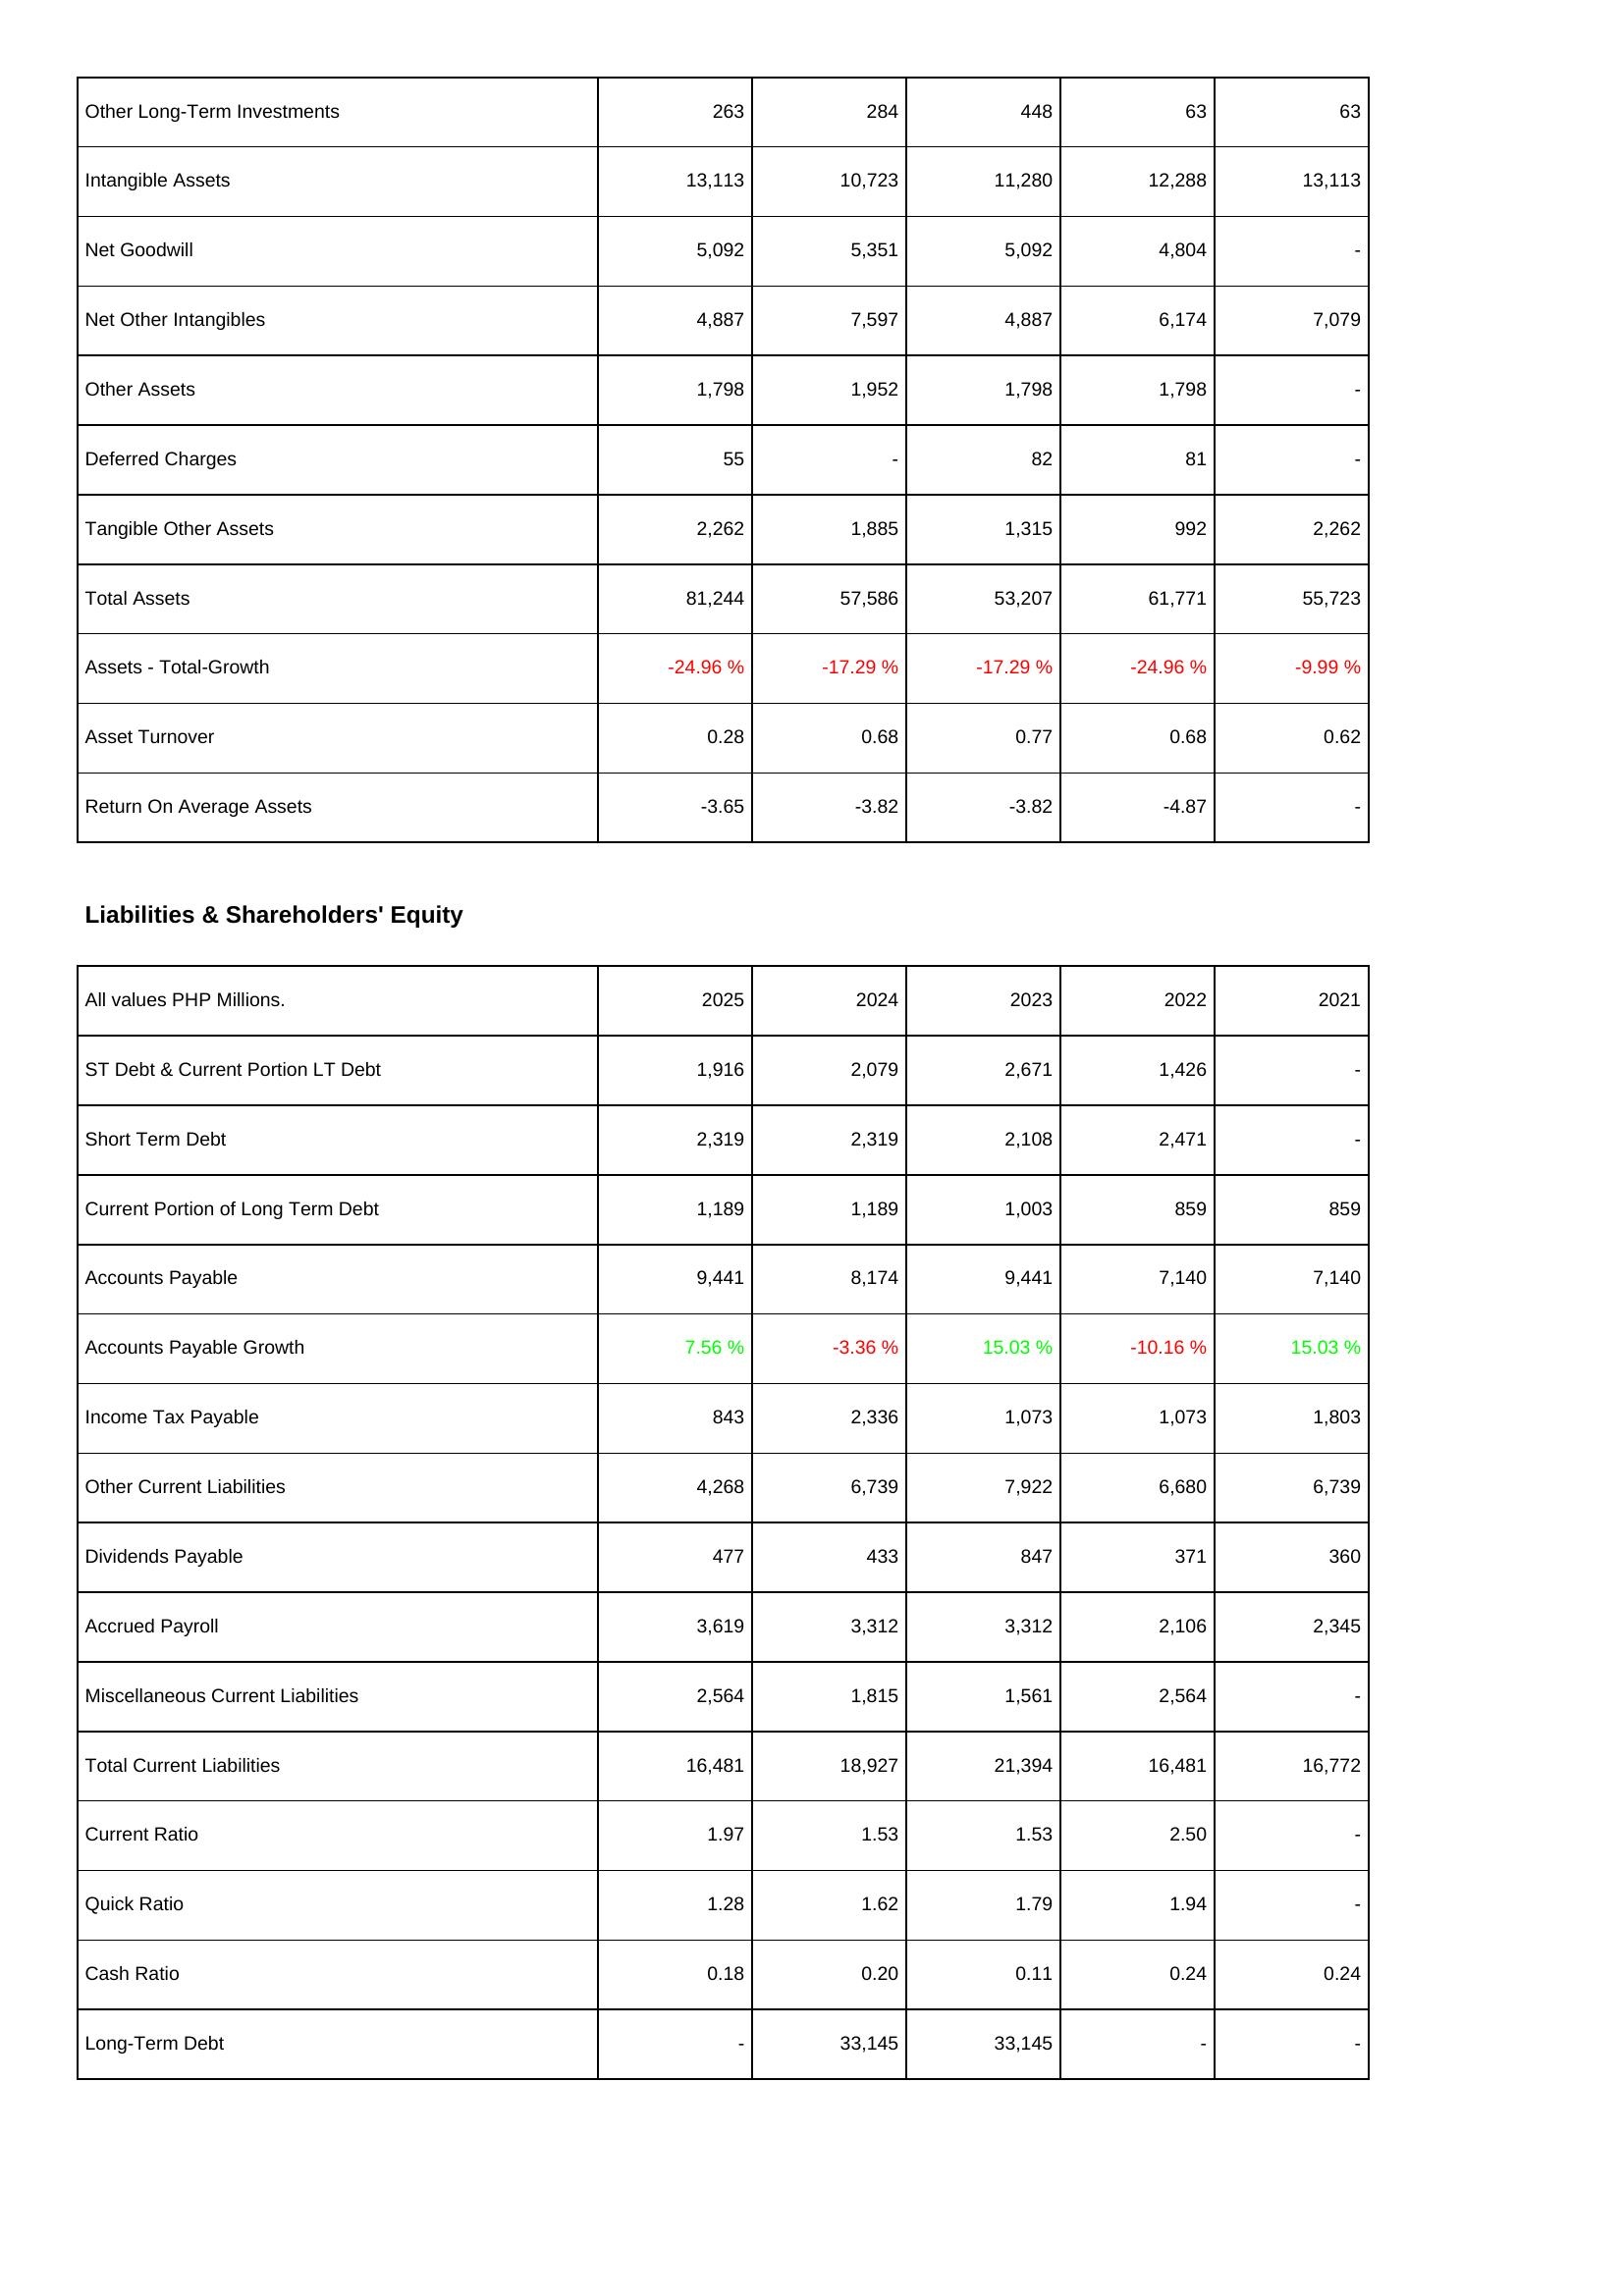
2025: Assets: Other Long-Term Investments: 263
Intangible Assets: 13,113
Net Goodwill: 5,092
Net Other Intangibles: 4,887
Other Assets: 1,798
Deferred Charges: 55
Tangible Other Assets: 2,262
Total Assets: 81,244
Assets - Total-Growth: -24.96 %
Asset Turnover: 0.28
Return On Average Assets: -3.65
Liabilities & Shareholders' Equity: ST Debt & Current Portion LT Debt: 1,916
Short Term Debt: 2,319
Current Portion of Long Term Debt: 1,189
Accounts Payable: 9,441
Accounts Payable Growth: 7.56 %
Income Tax Payable: 843
Other Current Liabilities: 4,268
Dividends Payable: 477
Accrued Payroll: 3,619
Miscellaneous Current Liabilities: 2,564
Total Current Liabilities: 16,481
Current Ratio: 1.97
Quick Ratio: 1.28
Cash Ratio: 0.18
Long-Term Debt: -
2024: Assets: Other Long-Term Investments: 284
Intangible Assets: 10,723
Net Goodwill: 5,351
Net Other Intangibles: 7,597
Other Assets: 1,952
Deferred Charges: -
Tangible Other Assets: 1,885
Total Assets: 57,586
Assets - Total-Growth: -17.29 %
Asset Turnover: 0.68
Return On Average Assets: -3.82
Liabilities & Shareholders' Equity: ST Debt & Current Portion LT Debt: 2,079
Short Term Debt: 2,319
Current Portion of Long Term Debt: 1,189
Accounts Payable: 8,174
Accounts Payable Growth: -3.36 %
Income Tax Payable: 2,336
Other Current Liabilities: 6,739
Dividends Payable: 433
Accrued Payroll: 3,312
Miscellaneous Current Liabilities: 1,815
Total Current Liabilities: 18,927
Current Ratio: 1.53
Quick Ratio: 1.62
Cash Ratio: 0.20
Long-Term Debt: 33,145
2023: Assets: Other Long-Term Investments: 448
Intangible Assets: 11,280
Net Goodwill: 5,092
Net Other Intangibles: 4,887
Other Assets: 1,798
Deferred Charges: 82
Tangible Other Assets: 1,315
Total Assets: 53,207
Assets - Total-Growth: -17.29 %
Asset Turnover: 0.77
Return On Average Assets: -3.82
Liabilities & Shareholders' Equity: ST Debt & Current Portion LT Debt: 2,671
Short Term Debt: 2,108
Current Portion of Long Term Debt: 1,003
Accounts Payable: 9,441
Accounts Payable Growth: 15.03 %
Income Tax Payable: 1,073
Other Current Liabilities: 7,922
Dividends Payable: 847
Accrued Payroll: 3,312
Miscellaneous Current Liabilities: 1,561
Total Current Liabilities: 21,394
Current Ratio: 1.53
Quick Ratio: 1.79
Cash Ratio: 0.11
Long-Term Debt: 33,145
2022: Assets: Other Long-Term Investments: 63
Intangible Assets: 12,288
Net Goodwill: 4,804
Net Other Intangibles: 6,174
Other Assets: 1,798
Deferred Charges: 81
Tangible Other Assets: 992
Total Assets: 61,771
Assets - Total-Growth: -24.96 %
Asset Turnover: 0.68
Return On Average Assets: -4.87
Liabilities & Shareholders' Equity: ST Debt & Current Portion LT Debt: 1,426
Short Term Debt: 2,471
Current Portion of Long Term Debt: 859
Accounts Payable: 7,140
Accounts Payable Growth: -10.16 %
Income Tax Payable: 1,073
Other Current Liabilities: 6,680
Dividends Payable: 371
Accrued Payroll: 2,106
Miscellaneous Current Liabilities: 2,564
Total Current Liabilities: 16,481
Current Ratio: 2.50
Quick Ratio: 1.94
Cash Ratio: 0.24
Long-Term Debt: -
2021: Assets: Other Long-Term Investments: 63
Intangible Assets: 13,113
Net Goodwill: -
Net Other Intangibles: 7,079
Other Assets: -
Deferred Charges: -
Tangible Other Assets: 2,262
Total Assets: 55,723
Assets - Total-Growth: -9.99 %
Asset Turnover: 0.62
Return On Average Assets: -
Liabilities & Shareholders' Equity: ST Debt & Current Portion LT Debt: -
Short Term Debt: -
Current Portion of Long Term Debt: 859
Accounts Payable: 7,140
Accounts Payable Growth: 15.03 %
Income Tax Payable: 1,803
Other Current Liabilities: 6,739
Dividends Payable: 360
Accrued Payroll: 2,345
Miscellaneous Current Liabilities: -
Total Current Liabilities: 16,772
Current Ratio: -
Quick Ratio: -
Cash Ratio: 0.24
Long-Term Debt: -